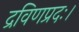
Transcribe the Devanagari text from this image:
द्रविणप्रदः।